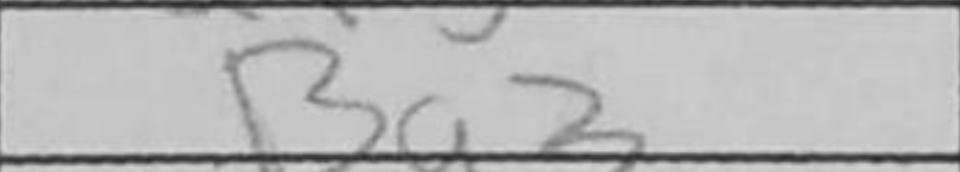
Transcription: Bg3